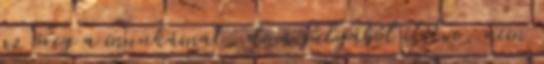
az öreg a munkámat, de a súlyából ítélve, nem